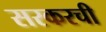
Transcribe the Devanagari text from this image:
सरकरची